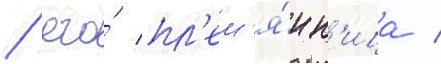
/ его́ пл'ем'я́нн'ица /